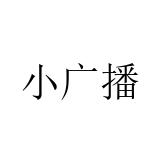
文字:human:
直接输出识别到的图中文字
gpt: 小广播